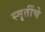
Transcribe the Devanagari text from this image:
स्मृतींचे